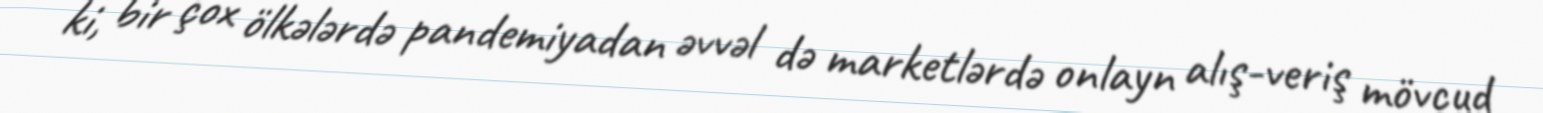
ki, bir çox ölkələrdə pandemiyadan əvvəl də marketlərdə onlayn alış-veriş mövcud